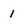
Character: 1